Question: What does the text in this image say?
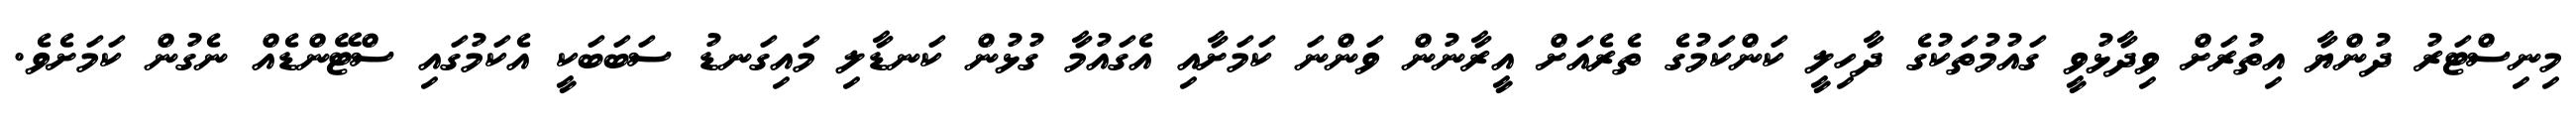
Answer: މިނިސްޓަރު ދުންޔާ އިތުރަށް ވިދާޅުވީ ގައުމުތަކުގެ ދާހިލީ ކަންކަމުގެ ތެރެއަށް އީރާނުން ވަންނަ ކަމަށާއި އެގައުމާ ގުޅުން ކަނޑާލި މައިގަނޑު ސަބަބަކީ އެކަމުގައި ސްޓޭންޑެއް ނެގުން ކަމަށެވެ.